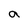
Character: a